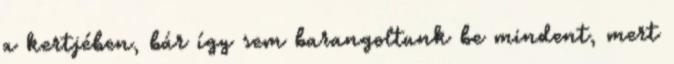
a kertjében, bár így sem barangoltunk be mindent, mert